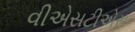
વીએસટીએસ